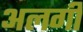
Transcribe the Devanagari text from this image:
अलगी